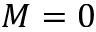
M = 0